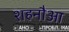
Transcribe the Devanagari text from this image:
शहनौआ